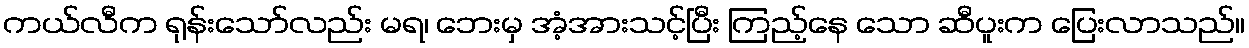
ကယ်လီက ရုန်းသော်လည်း မရ၊ ဘေးမှ အံ့အားသင့်ပြီး ကြည့်နေ သော ဆီပူးက ပြေးလာသည်။